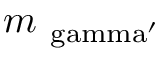
m _ { \mathrm { \ g a m m a ^ { \prime } } }